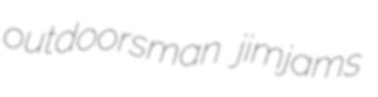
outdoorsman jimjams